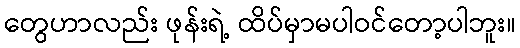
တွေဟာလည်း ဖုန်းရဲ့ ထိပ်မှာမပါဝင်တော့ပါဘူး။